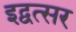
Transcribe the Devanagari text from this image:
इद्वत्सर